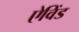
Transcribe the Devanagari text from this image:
ऐविंड